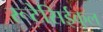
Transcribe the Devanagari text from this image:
रूटेसिईकुल